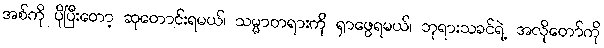
အစ်ကို ပိုပြီးတော့ ဆုတောင်းရမယ်၊ သမ္မာတရားကို ရှာဖွေရမယ်၊ ဘုရားသခင်ရဲ့ အလိုတော်ကို